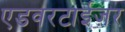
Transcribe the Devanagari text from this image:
एडवरटाईज़र